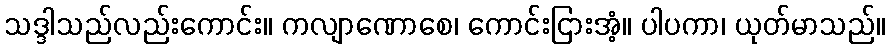
သဒ္ဒါသည်လည်းကောင်း။ ကလျာဏောစေ၊ ကောင်းငြားအံ့။ ပါပကာ၊ ယုတ်မာသည်။